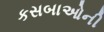
કસબાઓની